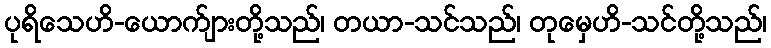
ပုရိသေဟိ-ယောက်ျားတို့သည်၊ တယာ-သင်သည်၊ တုမှေဟိ-သင်တို့သည်၊